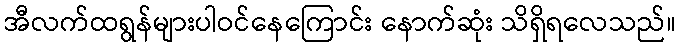
အီလက်ထရွန်များပါဝင်နေကြောင်း နောက်ဆုံး သိရှိရလေသည်။